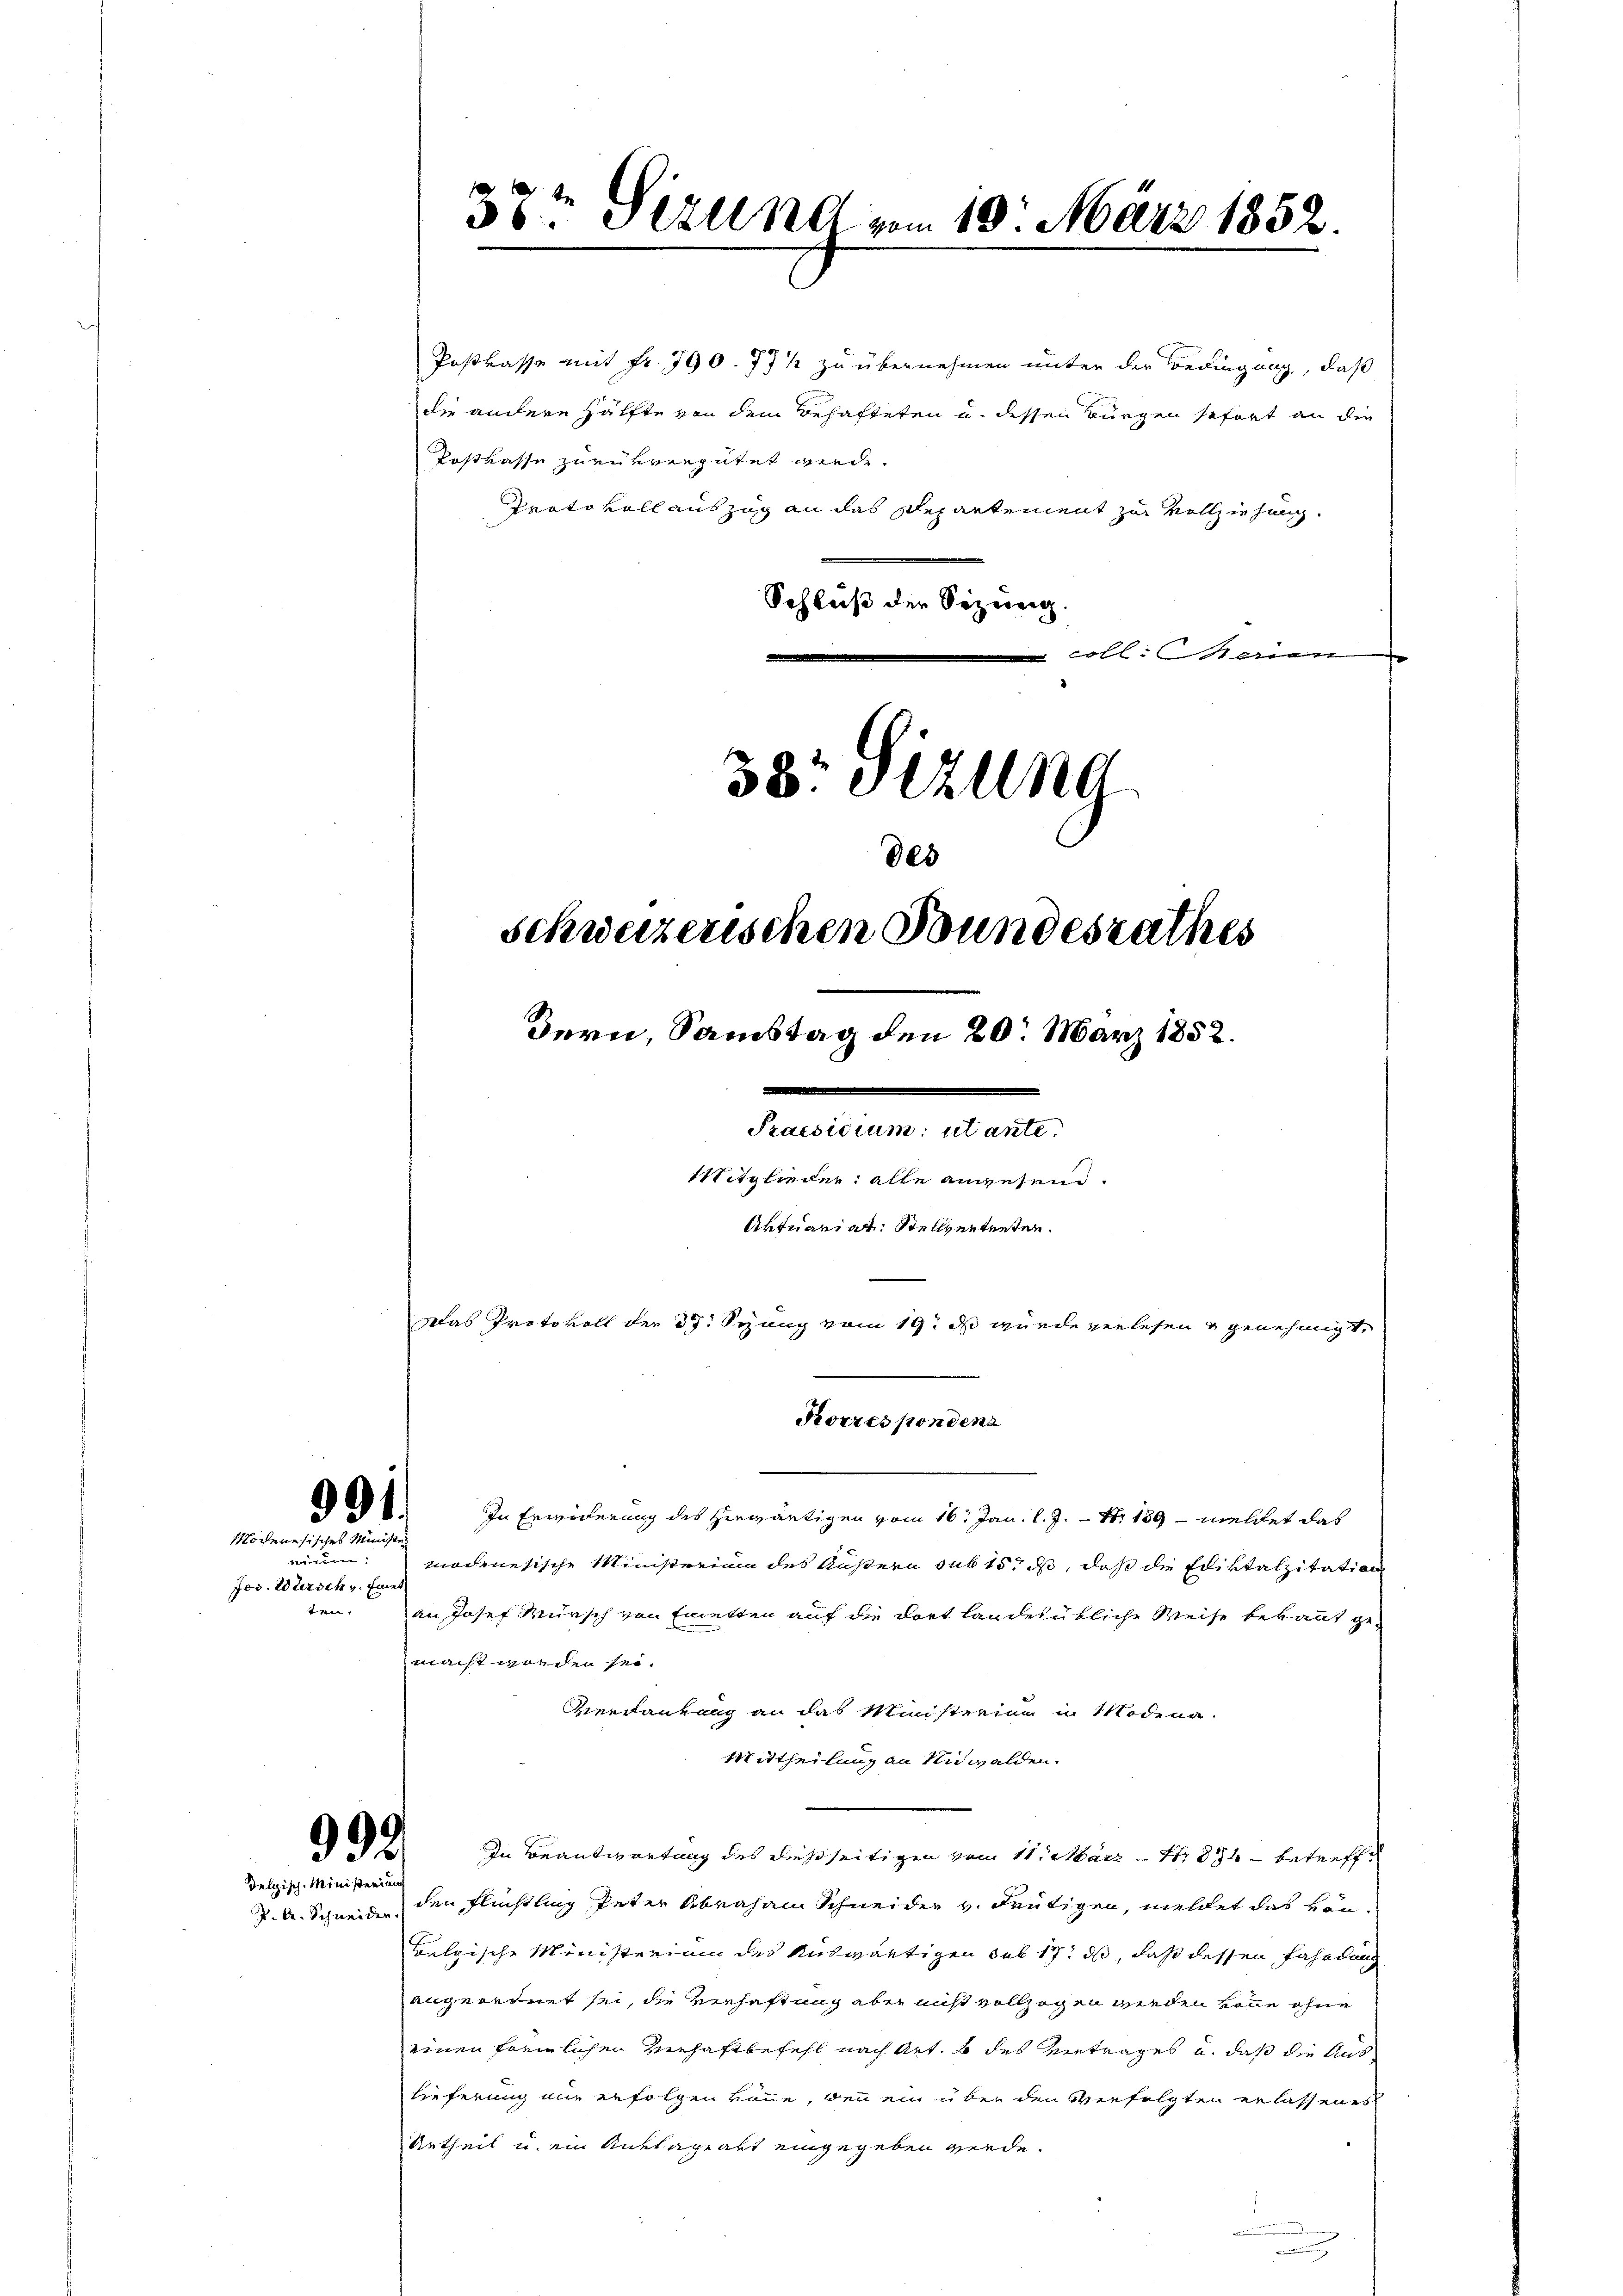
Postkasse mit Fr. 790. 771 zu übernehmen unter der Bedingung, daß
die andere Hälfte von dem Behafteten u. dessen Bürgen sofort an die
Postkasse zurükvergütet wurde.
Protokollauszug an das Departement zur Vollziehung
Schluß der Sizung.
coll. seinen
38 Sezung
des
Schweizerischen Bundesrathes
Bern, Samstag den 20. März 1852.

In Erwiderung des herwärtigen vom 16. Jan. l. J. N. 139 meldet das
modenesische Ministerium des Äußern sub 15. ds, daß die Ediktalzitation
an Josef Mursch von Emetten auf die dort landesübliche Weise bekannt gemacht worden sei.
Verdaurung an das Ministerium in Modena.
Mittheilung an Nidwalden.
 In Beantwortung des dießseitigen vom 11. März - N: 894 - betreffe
J. A. Schneid den Flüchtling Peter Abraham Schneider v. deutigen, meldet das von
Belgische Ministerium des Auswärtigen sub 17. ds, daß dessen Fahndung
angeordnet sei, die Verhaftung aber nicht vollzogen werden könne ohne
einen förmlichen Verhaftbefehl nach Art. b des Vertrages u. daß die Auslieferung nur erfolgen könne, den ein über den verfolgten erlassenes
Urtheil u. ein Anklageakt eingegeben werde.

u

991.
Modenesisches Ministe

wunden:
Jos. Warsch v. Einer
ter.

delgisch-Ministerium

37t Sirung vom 10. März 1852.

a
itglieder alle anwesend.
Aktuariat. Stellvertenten.
Das Protokoll der 37 Syung vom 19t ds wurde verlesen u genehmigt
Korrespondens